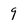
Character: 9